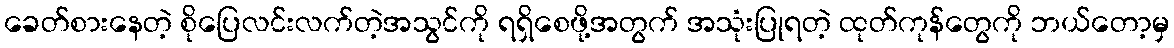
ခေတ်စားနေတဲ့ စိုပြေလင်းလက်တဲ့အသွင်ကို ရရှိစေဖို့အတွက် အသုံးပြုရတဲ့ ထုတ်ကုန်တွေကို ဘယ်တော့မှ